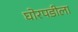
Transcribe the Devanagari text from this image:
घोरपडीला